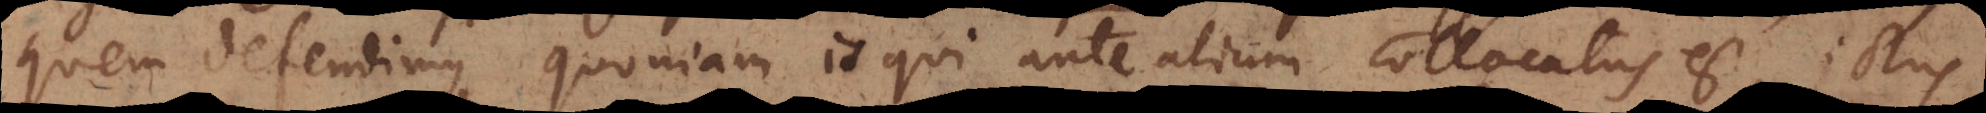
quem defendimus, quoniam is qui ante alium collocatus est, ictus